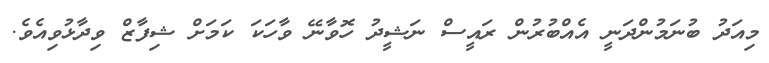
މިއަދު ބުނަމުންދަނީ އެއްބުރުން ރައީސް ނަޝީދު ހޮވާނޭ ވާހަކަ ކަމަށް ޝިފާޒް ވިދާޅުވިއެވެ.